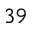
^ { 3 9 }